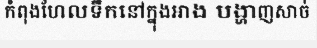
កំពុងហែលទឹកនៅក្នុងអាង បង្ហាញសាច់